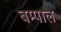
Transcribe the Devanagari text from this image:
बम्पाल